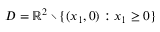
D = \mathbb { R } ^ { 2 } \setminus \{ ( x _ { 1 } , 0 ) : x _ { 1 } \geq 0 \}